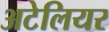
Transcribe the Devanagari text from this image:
अटेलियर